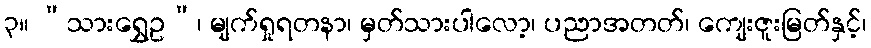
၃။ “သားရွှေဥ”၊ မျက်ရှုရတနာ၊ မှတ်သားပါလော့၊ ပညာအတတ်၊ ကျေးဇူးမြတ်နှင့်၊